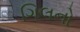
ગિલનો